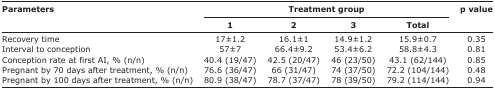
<table><thead><tr><td rowspan="3"><b>Parameters</b></td><td colspan="4"><b>Treatment group</b></td><td rowspan="3"><b>p value</b></td></tr><tr><td><b>1</b></td><td><b>2</b></td><td><b>3</b></td><td><b>Total</b></td></tr></thead><tbody><tr><td>Recovery time</td><td>17±1.2</td><td>16.1±1</td><td>14.9±1.2</td><td>15.9±0.7</td><td>0.35</td></tr><tr><td>Interval to conception</td><td>57±7</td><td>66.4±9.2</td><td>53.4±6.2</td><td>58.8±4.3</td><td>0.81</td></tr><tr><td>Conception rate at first AI, % (n/n)</td><td>40.4 (19/47)</td><td>42.5 (20/47)</td><td>46 (23/50)</td><td>43.1 (62/144)</td><td>0.85</td></tr><tr><td>Pregnant by 70 days after treatment, % (n/n)</td><td>76.6 (36/47)</td><td>66 (31/47)</td><td>74 (37/50)</td><td>72.2 (104/144)</td><td>0.48</td></tr><tr><td>Pregnant by 100 days after treatment, % (n/n)</td><td>80.9 (38/47)</td><td>78.7 (37/47)</td><td>78 (39/50)</td><td>79.2 (114/144)</td><td>0.94</td></tr></tbody></table>